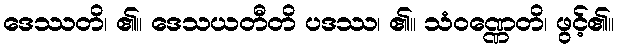
ဒေဿတိ၊ ၏။ ဒေသယတီတိ ပဒဿ၊ ၏။ သံဝဏ္ဏေတိ၊ ဖွင့်၏။